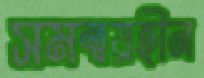
সমন্বয়হীন